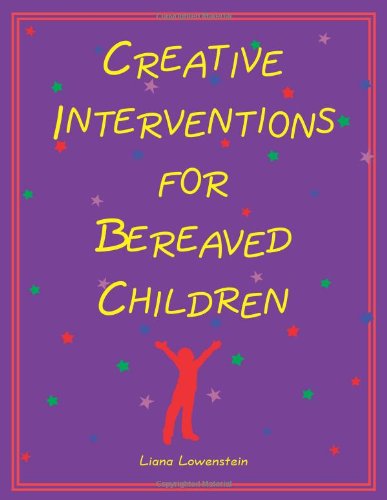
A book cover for Creative Interventions for Bereaved Children; Liana Lowenstein; Self-Help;